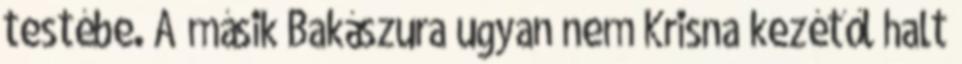
testébe. A másik Bakászura ugyan nem Krisna kezétől halt